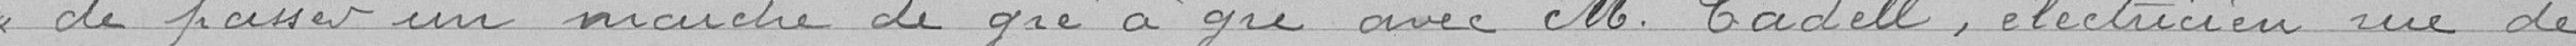
de passer un marché de gré à gré avec M. Cadell, électricien rue de